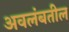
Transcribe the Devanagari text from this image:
अवलंबतील